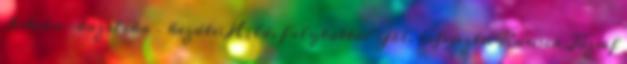
István-bazilika – kezdte: Hild, folytatta: Ybl, befejezte: Kauser József